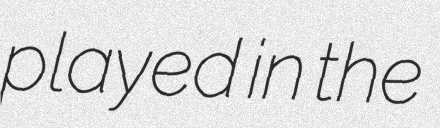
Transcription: played in the